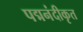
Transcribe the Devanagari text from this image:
पद्मनंदीकृत